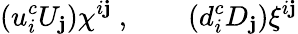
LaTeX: (u_{i}^{c}U_{\mathbf{j}})\chi^{i\mathbf{j}}\ ,\qquad(d_{i}^{c}D_{\mathbf{j}})\xi^{i\mathbf{j}}